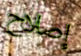
إصلاح